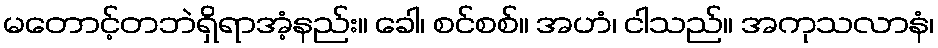
မတောင့်တဘဲရှိရာအံ့နည်း။ ခေါ၊ စင်စစ်။ အဟံ၊ ငါသည်။ အကုသလာနံ၊